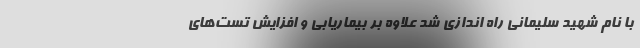
با نام شهید سلیمانی راه اندازی شد علاوه بر بیماریابی و افزایش تست‌های